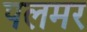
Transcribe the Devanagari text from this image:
पलमर